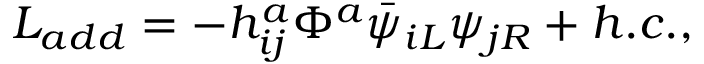
{ \cal L } _ { a d d } = - h _ { i j } ^ { a } \Phi ^ { a } \bar { \psi } _ { i L } \psi _ { j R } + h . c . ,